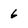
Character: 6